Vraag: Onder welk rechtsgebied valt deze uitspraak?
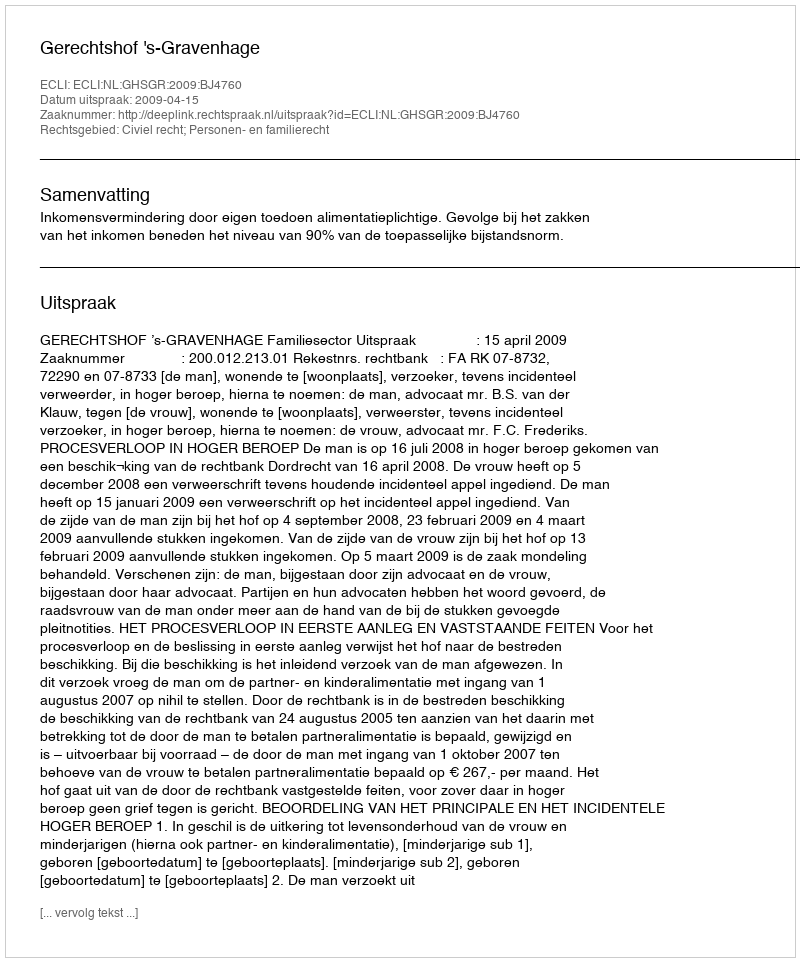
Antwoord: Civiel recht; Personen- en familierecht